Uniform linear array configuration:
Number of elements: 24
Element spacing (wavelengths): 0.25
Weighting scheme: kaiser
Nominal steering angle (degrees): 15
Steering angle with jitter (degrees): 14.846
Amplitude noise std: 0.05
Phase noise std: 0.05

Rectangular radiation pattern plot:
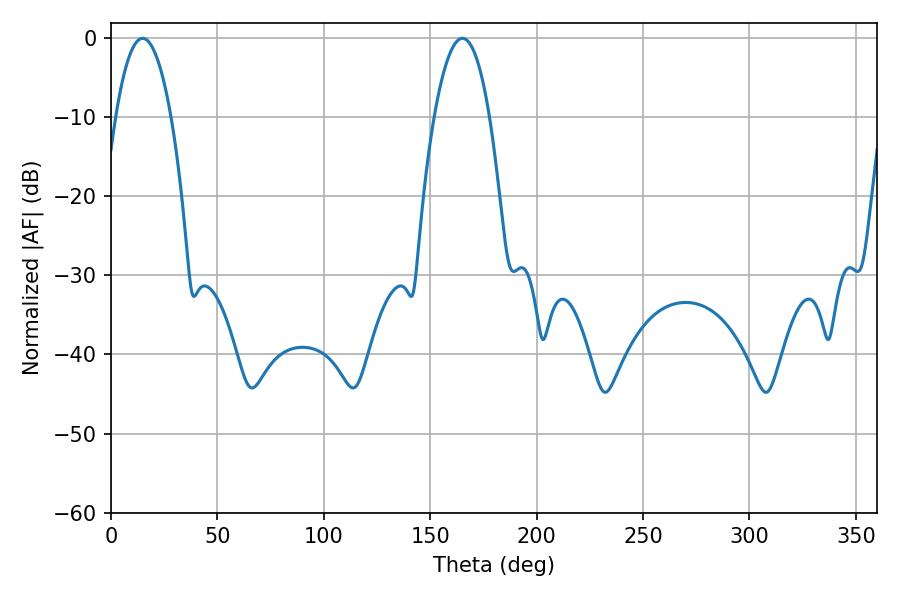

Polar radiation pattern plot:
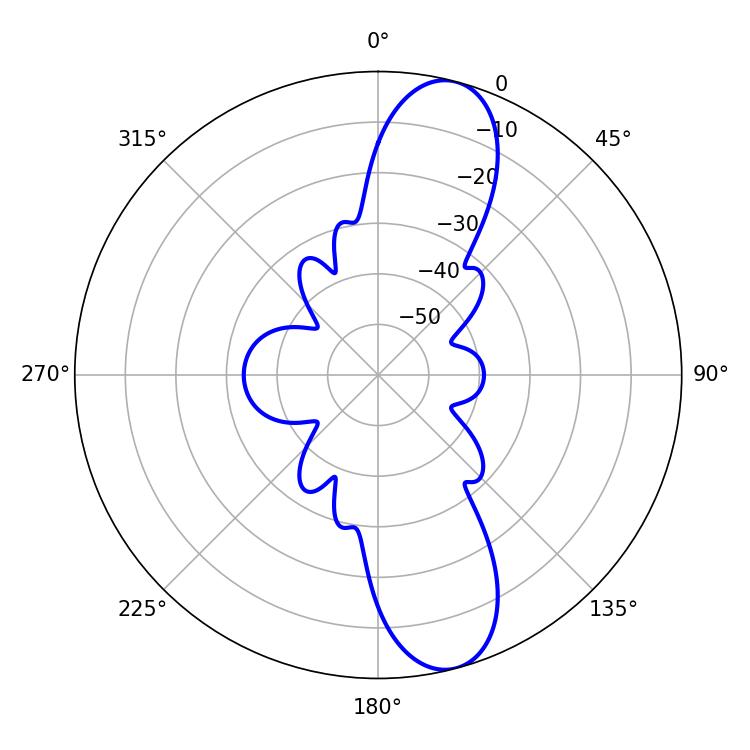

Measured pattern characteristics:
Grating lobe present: FALSE
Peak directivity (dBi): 11.602
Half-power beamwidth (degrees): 14.4
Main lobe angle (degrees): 14.94